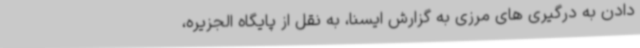
دادن به درگیری های مرزی به گزارش ایسنا، به نقل از پایگاه الجزیره،